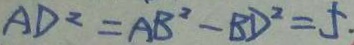
A D ^ { 2 } = A B ^ { 2 } - B D ^ { 2 } = 5